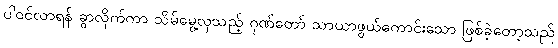
ပါဝင်လာရန် ခွာလိုက်ကာ သိမ်မွေ့လှသည့် ဂုဏ်တော် သာယာဖွယ်ကောင်းသော ဖြစ်ခဲ့တော့သည်